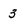
Character: 3